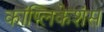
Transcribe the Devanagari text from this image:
कांप्लिकेशंस